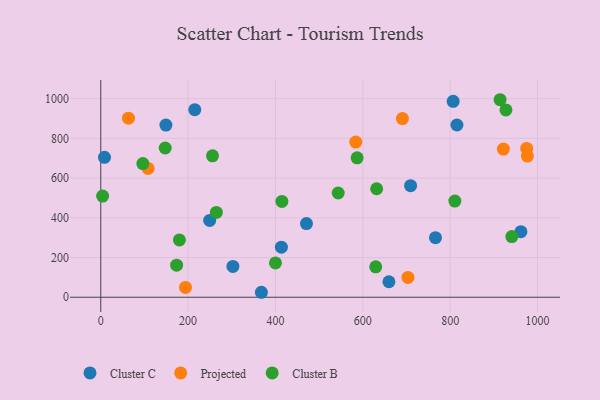
{"axis": {"x": "Speed", "y": "Demand"}, "legend": ["Cluster B", "Cluster C", "Projected"], "data": [{"x": "659.8", "y": 77.9, "type": "Cluster C"}, {"x": "962.0", "y": 330.0, "type": "Cluster C"}, {"x": "766.4", "y": 300.1, "type": "Cluster C"}, {"x": "815.5", "y": 867.3, "type": "Cluster C"}, {"x": "8.6", "y": 704.6, "type": "Cluster C"}, {"x": "149.2", "y": 867.1, "type": "Cluster C"}, {"x": "215.3", "y": 944.6, "type": "Cluster C"}, {"x": "413.6", "y": 251.9, "type": "Cluster C"}, {"x": "471.0", "y": 371.1, "type": "Cluster C"}, {"x": "709.4", "y": 562.0, "type": "Cluster C"}, {"x": "367.8", "y": 25.0, "type": "Cluster C"}, {"x": "302.6", "y": 155.0, "type": "Cluster C"}, {"x": "806.9", "y": 986.7, "type": "Cluster C"}, {"x": "249.4", "y": 386.7, "type": "Cluster C"}, {"x": "583.9", "y": 781.4, "type": "Projected"}, {"x": "194.0", "y": 49.2, "type": "Projected"}, {"x": "690.7", "y": 899.5, "type": "Projected"}, {"x": "921.9", "y": 745.9, "type": "Projected"}, {"x": "703.4", "y": 99.9, "type": "Projected"}, {"x": "108.4", "y": 648.6, "type": "Projected"}, {"x": "975.2", "y": 749.5, "type": "Projected"}, {"x": "63.4", "y": 901.6, "type": "Projected"}, {"x": "976.8", "y": 710.6, "type": "Projected"}, {"x": "629.6", "y": 153.0, "type": "Cluster B"}, {"x": "543.7", "y": 524.8, "type": "Cluster B"}, {"x": "96.4", "y": 673.2, "type": "Cluster B"}, {"x": "255.9", "y": 711.9, "type": "Cluster B"}, {"x": "914.3", "y": 994.6, "type": "Cluster B"}, {"x": "810.8", "y": 484.3, "type": "Cluster B"}, {"x": "264.7", "y": 426.9, "type": "Cluster B"}, {"x": "414.8", "y": 482.5, "type": "Cluster B"}, {"x": "587.0", "y": 702.1, "type": "Cluster B"}, {"x": "147.6", "y": 751.5, "type": "Cluster B"}, {"x": "180.1", "y": 288.6, "type": "Cluster B"}, {"x": "941.2", "y": 305.4, "type": "Cluster B"}, {"x": "400.0", "y": 173.0, "type": "Cluster B"}, {"x": "173.7", "y": 161.3, "type": "Cluster B"}, {"x": "927.7", "y": 943.1, "type": "Cluster B"}, {"x": "4.3", "y": 509.5, "type": "Cluster B"}, {"x": "631.7", "y": 546.2, "type": "Cluster B"}]}